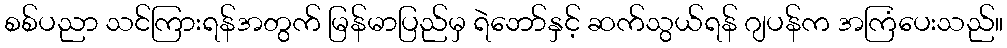
စစ်ပညာ သင်ကြားရန်အတွက် မြန်မာပြည်မှ ရဲဘော်နှင့် ဆက်သွယ်ရန် ဂျပန်က အကြံပေးသည်။